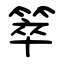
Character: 箤